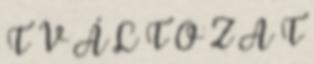
T V Á L T O Z A T